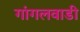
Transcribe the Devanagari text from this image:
गांगलवाडी